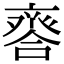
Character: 𠆋